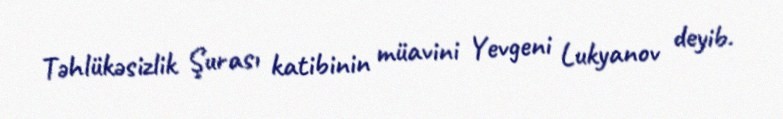
Təhlükəsizlik Şurası katibinin müavini Yevgeni Lukyanov deyib.